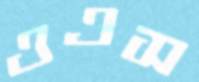
ওএস